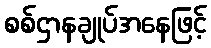
စစ်ဌာနချုပ်အနေဖြင့်